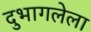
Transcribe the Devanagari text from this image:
दुभागलेला